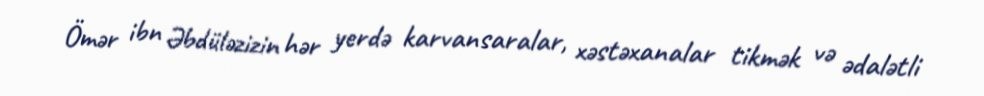
Ömər ibn Əbdüləzizin hər yerdə karvansaralar, xəstəxanalar tikmək və ədalətli